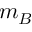
m _ { B }